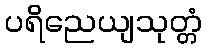
ပရိညေယျသုတ္တံ